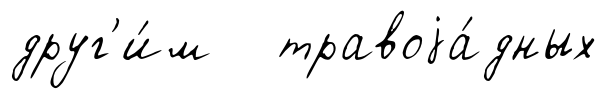
друг'и́м травоjа́дных